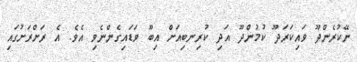
ނޭކުރެންދޫ ވައިކަރަދޫ ކުމުންދޫ އަދި ކުރިނބިއަށް އިބޫ ވަޑައިގެންނެވި އެވެ. އެ ރަށްރަށުގައި